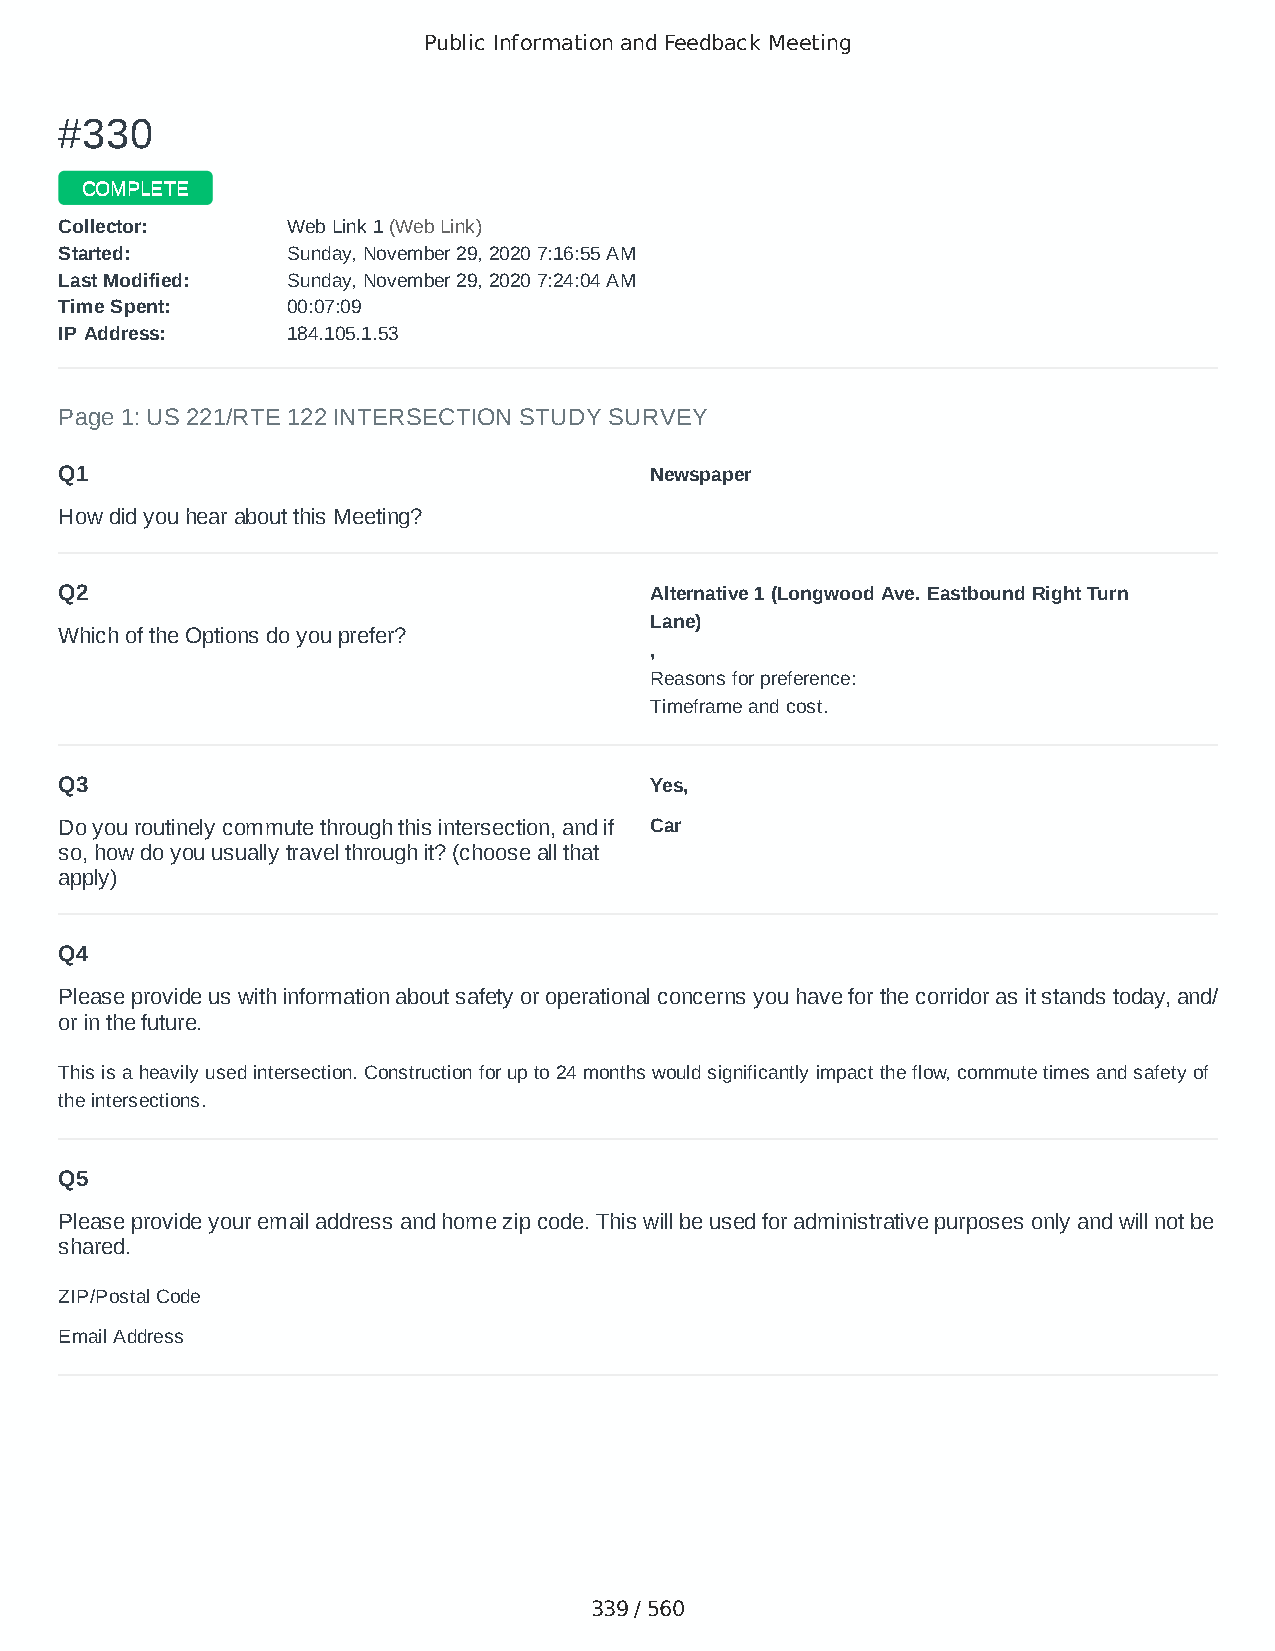
Public Information and Feedback Meeting
 ##333300
 CCOOMMPPLLEETTEE
 CCoolllleeccttoorr:: WWeebb LLiinnkk 11 ((WWeebb LLiinnkk))
 SSttaarrtteedd:: SSuunnddaayy,, NNoovveemmbbeerr 2299,, 22002200 77::1166::5555 AAMM
 LLaasstt MMooddiiffiieedd:: SSuunnddaayy,, NNoovveemmbbeerr 2299,, 22002200 77::2244::0044 AAMM
 TTiimmee SSppeenntt:: 0000::0077::0099
 IIPP AAddddrreessss:: 118844..110055..11..5533
 Page 1: US 221/RTE 122 INTERSECTION STUDY SURVEY
 Q1                                     Newspaper
 How did you hear about this Meeting?
 Q2                                     Alternative 1 (Longwood Ave. Eastbound Right Turn
 Lane)
 Which of the Options do you prefer?
 ,
 Reasons for preference:
 Timeframe and cost.
 Q3                                     Yes,
 Do you routinely commute through this intersection, and if Car
 so, how do you usually travel through it? (choose all that
 apply)
 Q4
 Please provide us with information about safety or operational concerns you have for the corridor as it stands today, and/
 or in the future.
 This is a heavily used intersection. Construction for up to 24 months would significantly impact the flow, commute times and safety of
 the intersections.
 Q5
 Please provide your email address and home zip code. This will be used for administrative purposes only and will not be
 shared.
 ZIP/Postal Code                        24523
 Email Address                          chubbardva@gmail.com
 339 / 560